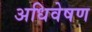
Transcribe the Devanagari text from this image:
अधिवेषण